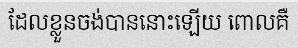
ដែលខ្លួនចង់បាននោះឡើយ ពោលគឺ